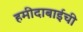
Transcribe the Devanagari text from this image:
हमीदाबाईची